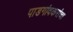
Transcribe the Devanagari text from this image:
पाडगांवकरांचा